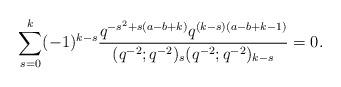
LaTeX: \begin{align*}\sum_{s=0}^k (-1)^{k-s} \frac{q^{-s^2+s(a-b+k)} q^{(k-s)(a-b+k-1)} }{(q^{-2}; q^{-2})_s (q^{-2}; q^{-2})_{k-s}} =0. \end{align*}